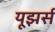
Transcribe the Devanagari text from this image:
यूझर्स